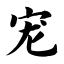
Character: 宠